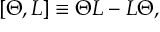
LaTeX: [ { \Theta } , L ] \equiv { \Theta } L - L { \Theta } ,